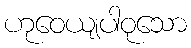
ဟုဝေယျပါဝုသော